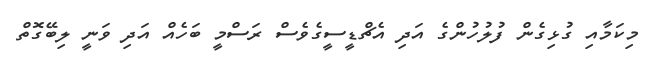
މިކަމާއި ގުޅިގެން ފުލުހުންގެ އަދި އެޗްޑީސީގެވެސް ރަސްމީ ބަހެއް އަދި ވަނީ ލިބޭގޮތް